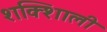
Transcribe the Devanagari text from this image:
शक्शिाली